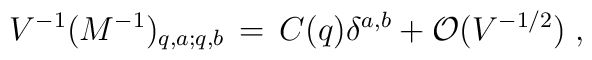
V^{-1} (M^{-1})_{q,a;q,b} \, = \, C(q) \delta^{a,b} + {\cal O}(V^{-1/2})\;\mbox{,}